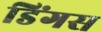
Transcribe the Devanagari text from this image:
डिंगस